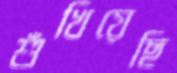
শুঁখিয়েছি